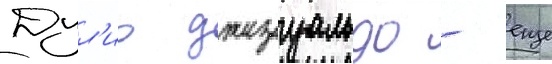
Дул'ио джезуальдо - еще